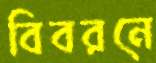
বিবরনে